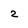
Character: 2